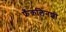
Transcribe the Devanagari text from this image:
फ्रँकलिनशी